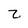
Character: z